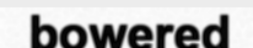
bowered